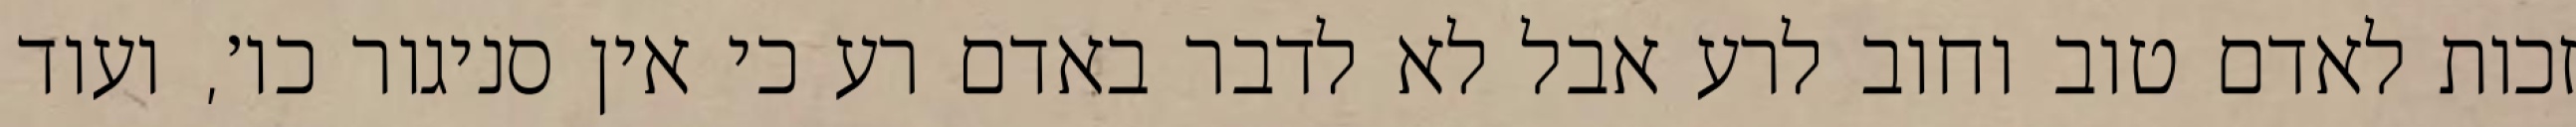
זכות לאדם טוב וחוב לרע אבל לא לדבר באדם רע כי אין סניגור כו׳, ועוד